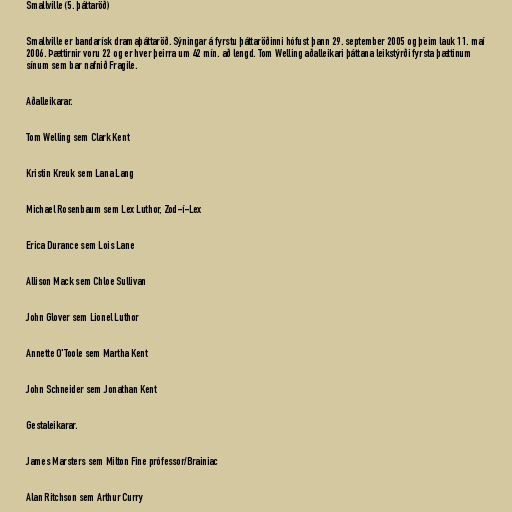
Smallville (5. þáttaröð)

Smallville er bandarísk dramaþáttaröð. Sýningar á fyrstu þáttaröðinni hófust þann 29. september 2005 og þeim lauk 11. maí
2006. Þættirnir voru 22 og er hver þeirra um 42 mín. að lengd. Tom Welling aðalleikari þáttana leikstýrði fyrsta þættinum
sínum sem bar nafnið Fragile.

Aðalleikarar.

Tom Welling sem Clark Kent

Kristin Kreuk sem Lana Lang

Michael Rosenbaum sem Lex Luthor, Zod-í-Lex

Erica Durance sem Lois Lane

Allison Mack sem Chloe Sullivan

John Glover sem Lionel Luthor

Annette O'Toole sem Martha Kent

John Schneider sem Jonathan Kent

Gestaleikarar.

James Marsters sem Milton Fine prófessor/Brainiac

Alan Ritchson sem Arthur Curry